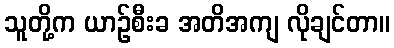
သူတို့က ယာဉ်စီးခ အတိအကျ လိုချင်တာ။